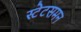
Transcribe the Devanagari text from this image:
स्टेटसमन